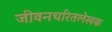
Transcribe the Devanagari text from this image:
जीवनचरितलेखक